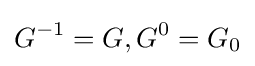
G^{-1}=G,G^{0}=G_{0}